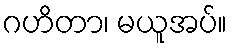
ဂဟိတာ၊ မယူအပ်။